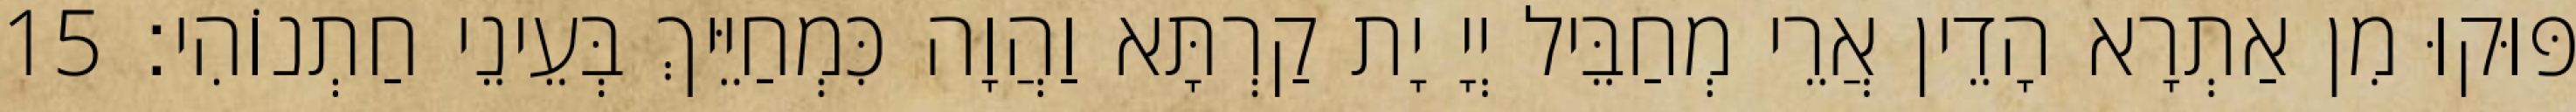
פּוּקוּ מִן אַתְרָא הָדֵין אֲרֵי מְחַבֵּיל יְיָ יָת קַרְתָּא וַהֲוָה כִּמְחַיֵּיךְ בְּעֵינֵי חַתְנוֹהִי׃ 15